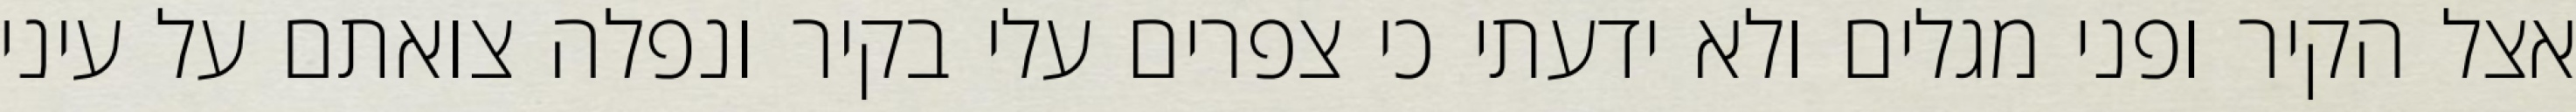
אצל הקיר ופני מגלים ולא ידעתי כי צפרים עלי בקיר‏ ונפלה צואתם על עיני